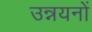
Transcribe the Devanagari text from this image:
उन्नयनों